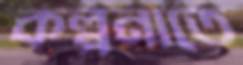
কল্পনাতে